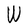
Character: W